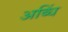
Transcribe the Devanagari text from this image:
अब्धिं